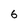
Character: 6